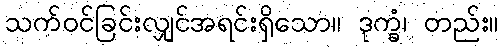
သက်ဝင်ခြင်းလျှင်အရင်းရှိသော။ ဒုက္ခံ၊ တည်း။